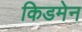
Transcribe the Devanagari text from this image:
किडमेन